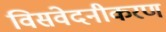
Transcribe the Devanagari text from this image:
विसंवेदनीकरण